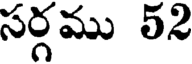
సర్గము 52